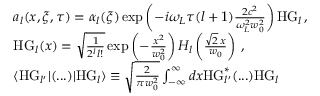
\begin{array} { r l } & { a _ { l } ( x , \xi , \tau ) = \alpha _ { l } ( \xi ) \exp \left( - i \omega _ { L } \tau ( l + 1 ) \frac { 2 c ^ { 2 } } { \omega _ { L } ^ { 2 } w _ { 0 } ^ { 2 } } \right) \mathrm { H G } _ { l } \, , } \\ & { \mathrm { H G } _ { l } ( x ) = \sqrt { \frac { 1 } { 2 ^ { l } l ! } } \exp \left( - \frac { x ^ { 2 } } { w _ { 0 } ^ { 2 } } \right) H _ { l } \left( \frac { \sqrt { 2 } \, x } { w _ { 0 } } \right) \, , } \\ & { \langle \mathrm { H G } _ { l ^ { \prime } } | ( . . . ) | \mathrm { H G } _ { l } \rangle \equiv \sqrt { \frac { 2 } { \pi w _ { 0 } ^ { 2 } } } \int _ { - \infty } ^ { \infty } d x \mathrm { H G } _ { l ^ { \prime } } ^ { * } ( . . . ) \mathrm { H G } _ { l } } \end{array}